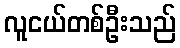
လူငယ်တစ်ဦးသည်